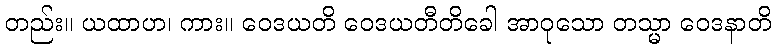
တည်း။ ယထာဟ၊ ကား။ ဝေဒယတိ ဝေဒယတီတိခေါ အာဝုသော တသ္မာ ဝေဒနာတိ